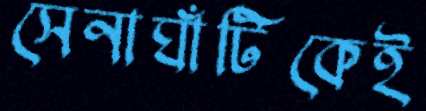
সেনাঘাঁটিকেই